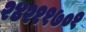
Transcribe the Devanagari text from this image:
२४२११७०१